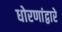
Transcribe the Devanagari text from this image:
धोरणांद्वारे